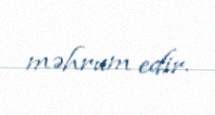
məhrum edir.